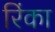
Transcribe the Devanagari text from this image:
रिंका